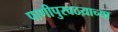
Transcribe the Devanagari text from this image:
पाणीपुरवठय़ाच्या